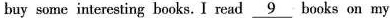
buy some interesting books. I read\underline{9} books on my